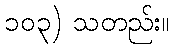
၁၀၃) သတည်း။